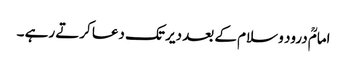
امامؒ درود و سلام کے بعد دیر تک دعا کرتے رہے ۔